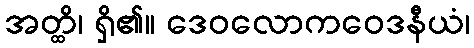
အတ္ထိ၊ ရှိ၏။ ဒေဝလောကဝေဒနီယံ၊